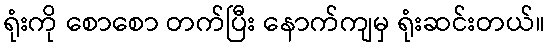
ရုံးကို စောစော တက်ပြီး နောက်ကျမှ ရုံးဆင်းတယ်။